Report of the King Institute of Preventive Medicine, Guindy
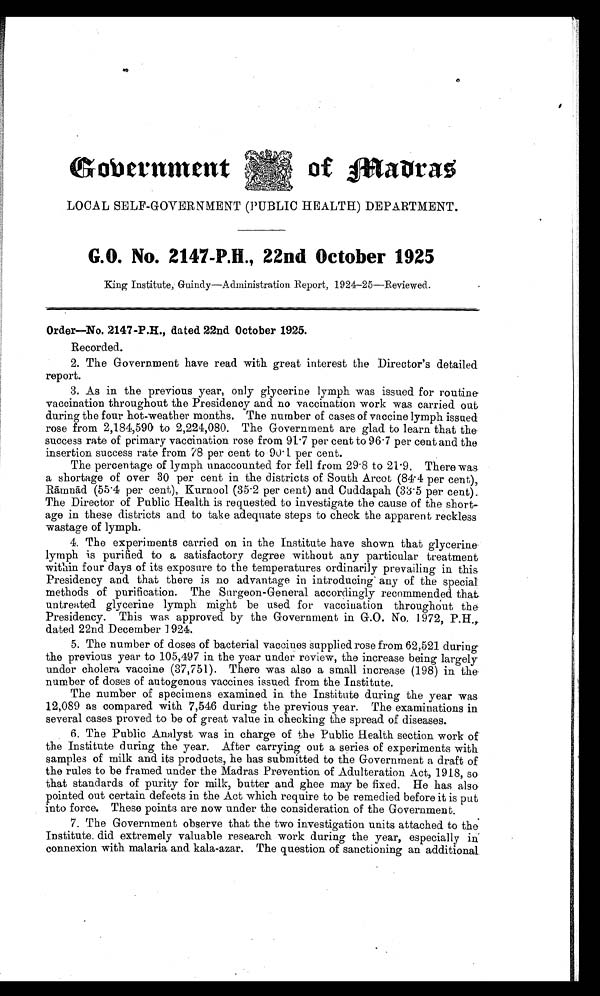
Government
of Madras
LOCAL SELF-GOVERNMENT (PUBLIC HEALTH) DEPARTMENT.
G.O. No. 2147-P.H., 22nd October 1925
King Institute, Guindy—Administration Report, 1924-25—Reviewed.
Order—No. 2147-P., dated 22nd October 1925.
Recorded.
2. The Government have read with great interest the Director's detailed
report.
3. As in the previous year, only glycerine lymph was issued for routine
vaccination throughout the Presidency and no vaccination work was carried out
during the four hot-weather months. The number of cases of vaccine lymph issued
rose from 2,184,590 to 2,224,080. The Government are glad to learn that the
success rate of primary vaccination rose from 91.7 per cent to 96.7 per cent and the
insertion success rate from 78 per cent to 90.1 per cent.
The percentage of lymph unaccounted for fell from 29.8 to 21.9. There was
a shortage of over 30 per cent in the districts of South Arcot (84.4 per cent),
Rāmnād (55.4 per cent), Kurnool (35.2 per cent) and Cuddapah (33.5 per cent).
The Director of Public Health is requested to investigate the cause of the short
-age in these districts and to take adequate steps to check the apparent reckless
wastage of lymph.
4. The experiments carried on in the Institute have shown that glycerine
lymph is purified to a satisfactory degree without any particular treatment
within four days of its exposure to the temperatures ordinarily prevailing in this
Presidency and that there is no advantage in introducing any of the special
methods of purification. The Surgeon-General accordingly recommended that
untreated glycerine lymph might be used for vaccination throughout the
Presidency. This was approved by the Government in G.O. No. 1972, P.H.,
dated 22nd December 1924.
5. The number of doses of bacterial vaccines supplied rose from 62,521 during
the previous year to 105,497 in the year under review, the increase being largely
under cholera vaccine (37,751). There was also a small increase (198) in the
number of doses of autogenous vaccines issued from the Institute.
The number of specimens examined in the Institute during the year was
12,089 as compared with 7,546 during the previous year. The examinations in
several cases proved to be of great value in checking the spread of diseases.
6. The Public Analyst was in charge of the Public Health section work of
the Institute during the year. After carrying out a series of experiments with
samples of milk and its products, he has submitted to the Government a draft of
the rules to be framed under the Madras Prevention of Adulteration Act, 1918, so
that standards of purity for milk, butter and ghee may be fixed. He has also
pointed out certain defects in the Act which require to be remedied before it is put
into force. These points are now under the consideration of the Government.
7. The Government observe that the two investigation units attached to the
Institute did extremely valuable research work during the year, especially in
connexion with malaria and kala-azar. The question of sanctioning an additional